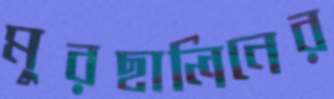
মুরছালিনের